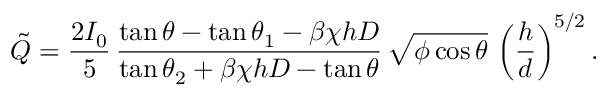
\tilde { Q } = \frac { 2 I _ { 0 } } { 5 } \, \frac { \tan \theta - \tan \theta _ { 1 } - \beta \chi h D } { \tan \theta _ { 2 } + \beta \chi h D - \tan \theta } \, \sqrt { \phi \cos \theta } \, \left( \frac { h } { d } \right) ^ { 5 / 2 } .